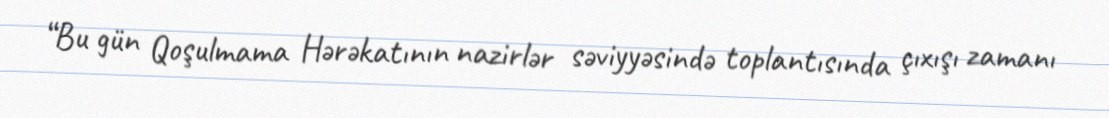
“Bu gün Qoşulmama Hərəkatının nazirlər səviyyəsində toplantısında çıxışı zamanı